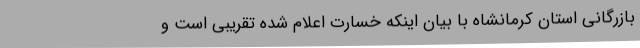
بازرگانی استان کرمانشاه با بیان اینکه خسارت اعلام شده تقریبی است و